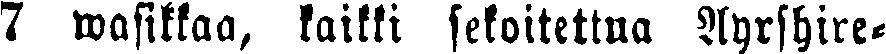
7 wasikkaa, kaikki sekoitettua Ayrshire-